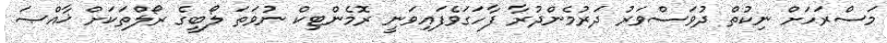
މަސްރަހަށް ނިކުތް ދުވަސްވަރު ދަރުމެންދުރާ ފާހަގަވެފައިވަނީ ރޮމެންޓިކް ނުވަތަ ލޯބީގެ ރޯލްތަކަށް ޚާއްޞަ